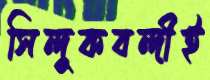
সিন্দুকবন্দীই